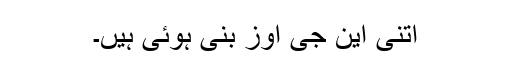
اتنی این جی اوز بنی ہوئی ہیں۔